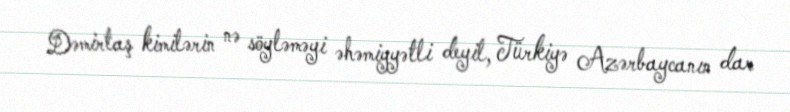
Dəmirtaş kimilərin nə söyləməyi əhəmiyyətli deyil, Türkiyə Azərbaycanın dar